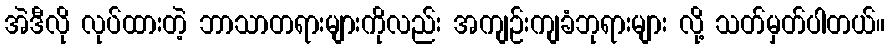
အဲဒီလို လုပ်ထားတဲ့ ဘာသာတရားများကိုလည်း အကျဉ်းကျခံဘုရားများ လို့ သတ်မှတ်ပါတယ်။